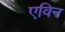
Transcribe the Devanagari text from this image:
एविन